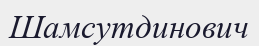
Шамсутдинович